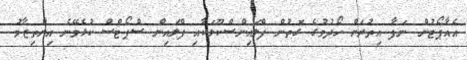
އެއާޕޯޓުން ނަފާ އިތުރަށް ހޯދުމުގެ ގޮތުން ފްލައިންސްކޫލަކާއި ފްލައިން ސްޕޯޓްސް ކުޅެވޭނެ އިންތިޒާމު